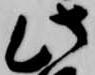
此